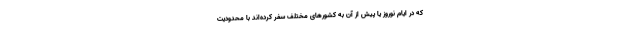
که در ایام نوروز یا پیش از آن به کشورهای مختلف سفر کرده‌اند با محدودیت